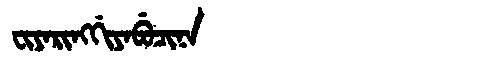
Manchu: ᠸᡳᠶᠠᡵᡳᠩᡤᡳᠶᠠᠪᡠᠴᡳᠨᠠ
Romanization: FIYARINGGIYABUCINA